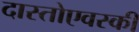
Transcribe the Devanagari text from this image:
दास्तोएवस्की